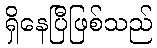
ရှိနေပြီဖြစ်သည်